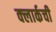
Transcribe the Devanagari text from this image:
क्‍लार्कची